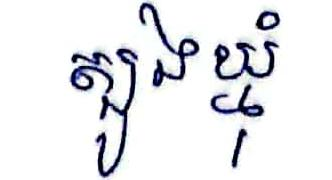
ត្បូងឃ្មុំ